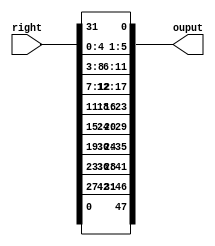
module Expansion(
     right,
     ouput
    );
	 
	 input [32:1] right;
    output reg [48:1] ouput;
	 
	 
	 wire [32:1] right;
	 
	 always @ (right)
	 begin
	 
	                      ouput[1]<= right[32];
								 ouput[2]<= right[1];
								 ouput[3]<= right[2];
								 ouput[4]<= right[3];
								 ouput[5]<= right[4];
								 ouput[6]<= right[5];
								 ouput[7]<= right[4];
								 ouput[8]<= right[5];
								 ouput[9]<= right[6];
								 ouput[10]<= right[7];
								 
								 ouput[11]<= right[8];
								 ouput[12]<= right[9];
								 ouput[13]<= right[8];
								 ouput[14]<= right[9];
								 ouput[15]<= right[10];
								 ouput[16]<= right[11];
								 ouput[17]<= right[12];
								 ouput[18]<= right[13];
								 ouput[19]<= right[12];
								 ouput[20]<= right[13];
								 
								 ouput[21]<= right[14];
								 ouput[22]<= right[15];
								 ouput[23]<= right[16];
								 ouput[24]<= right[17];
								 ouput[25]<= right[16];
								 ouput[26]<= right[17];
								 ouput[27]<= right[18];
								 ouput[28]<= right[19];
								 ouput[29]<= right[20];
								 ouput[30]<= right[21];
								 
								 ouput[31]<= right[20];
								 ouput[32]<= right[21];
								 ouput[33]<= right[22];
								 ouput[34]<= right[23];
								 ouput[35]<= right[24];
								 ouput[36]<= right[25];
								 ouput[37]<= right[24];
								 ouput[38]<= right[25];
								 ouput[39]<= right[26];
								 ouput[40]<= right[27];
								 
								 ouput[41]<= right[28];
								 ouput[42]<= right[29];
								 ouput[43]<= right[28];
								 ouput[44]<= right[29];
								 ouput[45]<= right[30];
								 ouput[46]<= right[31];
								 ouput[47]<= right[32];
								 ouput[48]<= right[1];
	 
	 
	 
	 
	 
	 end
	 
	 


endmodule